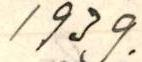
1939.